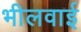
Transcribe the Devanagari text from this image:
भीलवाई